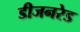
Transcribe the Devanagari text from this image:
डीजनरेड